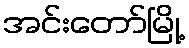
အင်းတော်မြို့